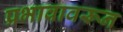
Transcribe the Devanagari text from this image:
प्रभावावरून